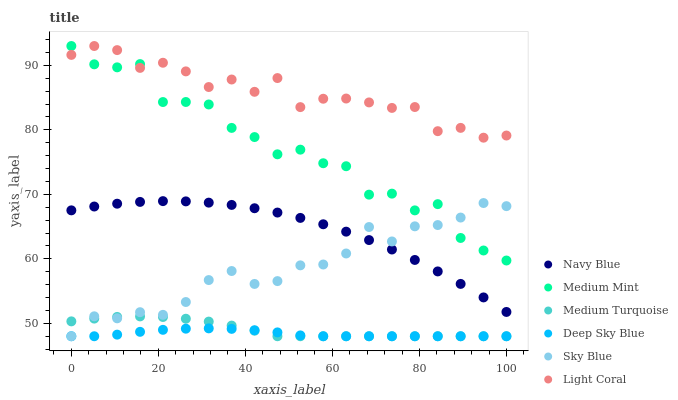
| xaxis_label | Navy Blue | Medium Mint | Medium Turquoise | Deep Sky Blue | Sky Blue | Light Coral |
 | --- | --- | --- | --- | --- | --- | --- |
 | 0 | 67.5 | 93 | 50.3 | 48 | 48 | 91.6 |
 | 5.26 | 68.1 | 90.2 | 50.7 | 48 | 51.1 | 93 |
 | 10.5 | 68.6 | 89.7 | 51 | 48.2 | 50.8 | 92.4 |
 | 15.8 | 68.8 | 90.2 | 51.1 | 48.7 | 51.7 | 89.6 |
 | 21.1 | 69 | 84.3 | 51 | 49 | 51.3 | 90.4 |
 | 26.3 | 68.9 | 84.3 | 50.7 | 49.2 | 53.3 | 89.1 |
 | 31.6 | 68.7 | 83.9 | 50.3 | 49.2 | 56.7 | 86.6 |
 | 36.8 | 68.4 | 80.3 | 49.7 | 49.1 | 58.1 | 87.8 |
 | 42.1 | 67.8 | 78.9 | 48.9 | 48.9 | 56.1 | 85.9 |
 | 47.4 | 67.2 | 76.2 | 48 | 48.6 | 56.6 | 88 |
 | 52.6 | 66.3 | 76.9 | 48 | 48.1 | 59 | 83.5 |
 | 57.9 | 65.4 | 74.8 | 48 | 48 | 59.1 | 84.8 |
 | 63.2 | 64.2 | 74.4 | 48 | 48 | 60.8 | 84.9 |
 | 68.4 | 62.9 | 70 | 48 | 48 | 64.9 | 84.3 |
 | 73.7 | 61.5 | 70.1 | 48 | 48 | 62.7 | 83.4 |
 | 78.9 | 59.8 | 67.5 | 48 | 48 | 65 | 83.5 |
 | 84.2 | 58.1 | 68.5 | 48 | 48 | 65.2 | 79.8 |
 | 89.5 | 56.1 | 63.2 | 48 | 48 | 66.4 | 80.3 |
 | 94.7 | 54 | 61.3 | 48 | 48 | 68.7 | 78.8 |
 | 100 | 51.8 | 59.7 | 48 | 48 | 68.2 | 79.1 |